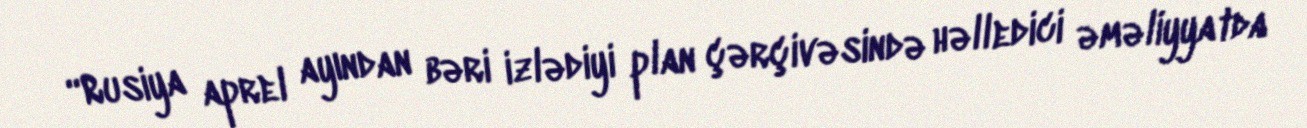
“Rusiya aprel ayından bəri izlədiyi plan çərçivəsində həlledici əməliyyatda